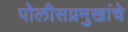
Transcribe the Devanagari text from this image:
पोलीसप्रमुखांचे